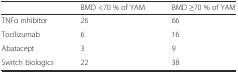
|  | BMD <70 % of YAM | BMD ≥70 % of YAM |
 | --- | --- | --- |
 | TNFα inhibitor | 26 | 66 |
 | Tocilizumab | 6 | 16 |
 | Abatacept | 3 | 9 |
 | Switch biologics | 22 | 38 |